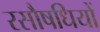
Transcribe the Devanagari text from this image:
रसौषधियों